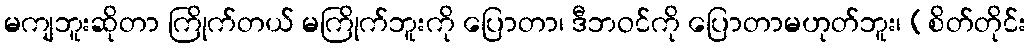
မကျဘူးဆိုတာ ကြိုက်တယ် မကြိုက်ဘူးကို ပြောတာ၊ ဒီဘဝင်ကို ပြောတာမဟုတ်ဘူး၊ (စိတ်တိုင်း